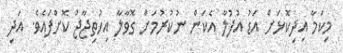
މިކަމާ އިދިކޮޅަށް އަޑު އުފުލާ އެކަން ނުކުރުމަށް ގޮވާލާ އިހުތިޖާޖު ކޮށްފައެވެ. އަދި